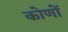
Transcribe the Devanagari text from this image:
कोणोँ